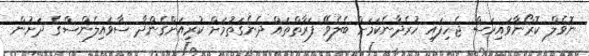
ނޮވެލް ކޮރޯނާވައިރަސް ޖެހިފައި ހުރެދާނެކަމަށް ބެލެވޭ ފަރާތްތައް ދެނެގަތުމަށް ކުރިއަށްގެންދާ ސާވައިލެންސްގެ ދަށުން